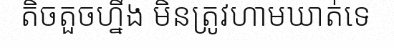
តិចតួចហ្នឹង មិនត្រូវហាមឃាត់ទេ